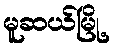
မူဆယ်မြို့